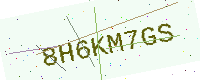
Text: 8H6KM7GS